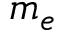
m _ { e }